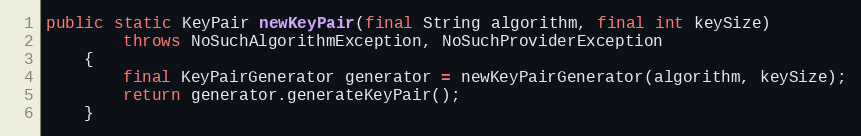
Language: Java
public static KeyPair newKeyPair(final String algorithm, final int keySize)
		throws NoSuchAlgorithmException, NoSuchProviderException
	{
		final KeyPairGenerator generator = newKeyPairGenerator(algorithm, keySize);
		return generator.generateKeyPair();
	}